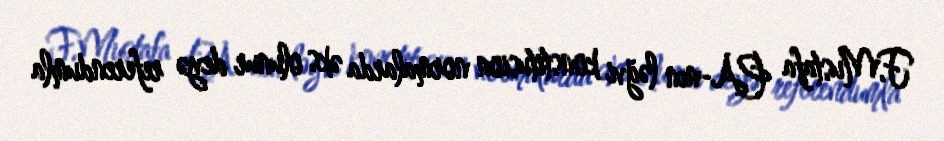
F.Mustafa PA-nın ləğvi konstitusion normalarda əks olunur deyə referendumla